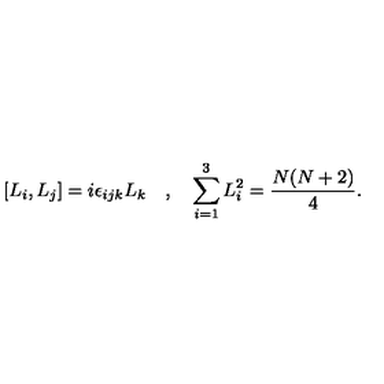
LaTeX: [ L _ { i } , L _ { j } ] = i \epsilon _ { i j k } L _ { k } \quad , \quad \sum _ { i = 1 } ^ { 3 } L _ { i } ^ { 2 } = \frac { N ( N + 2 ) } { 4 } .